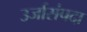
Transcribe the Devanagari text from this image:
उर्जासंपदा